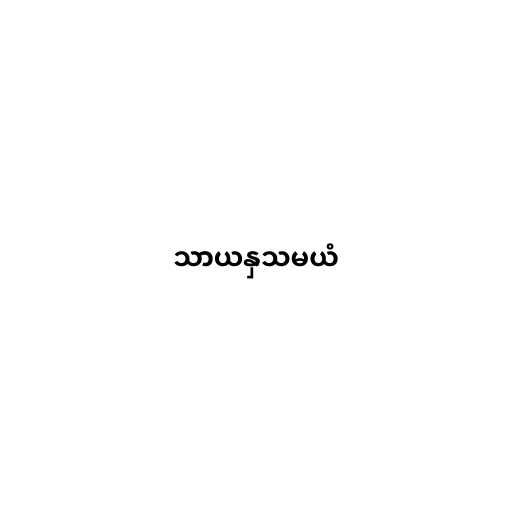
သာယနှသမယံ